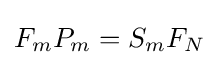
F_{m}P_{m}=S_{m}F_{N}